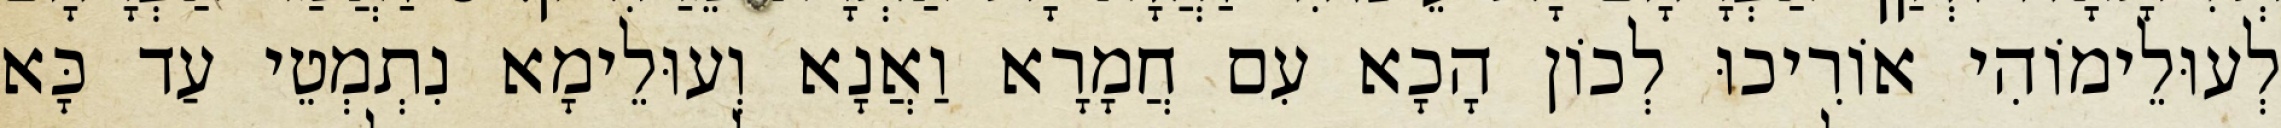
לְעוּלֵימוֹהִי אוֹרִיכוּ לְכוֹן הָכָא עִם חֲמָרָא וַאֲנָא וְעוּלֵימָא נִתְמְטֵי עַד כָּא